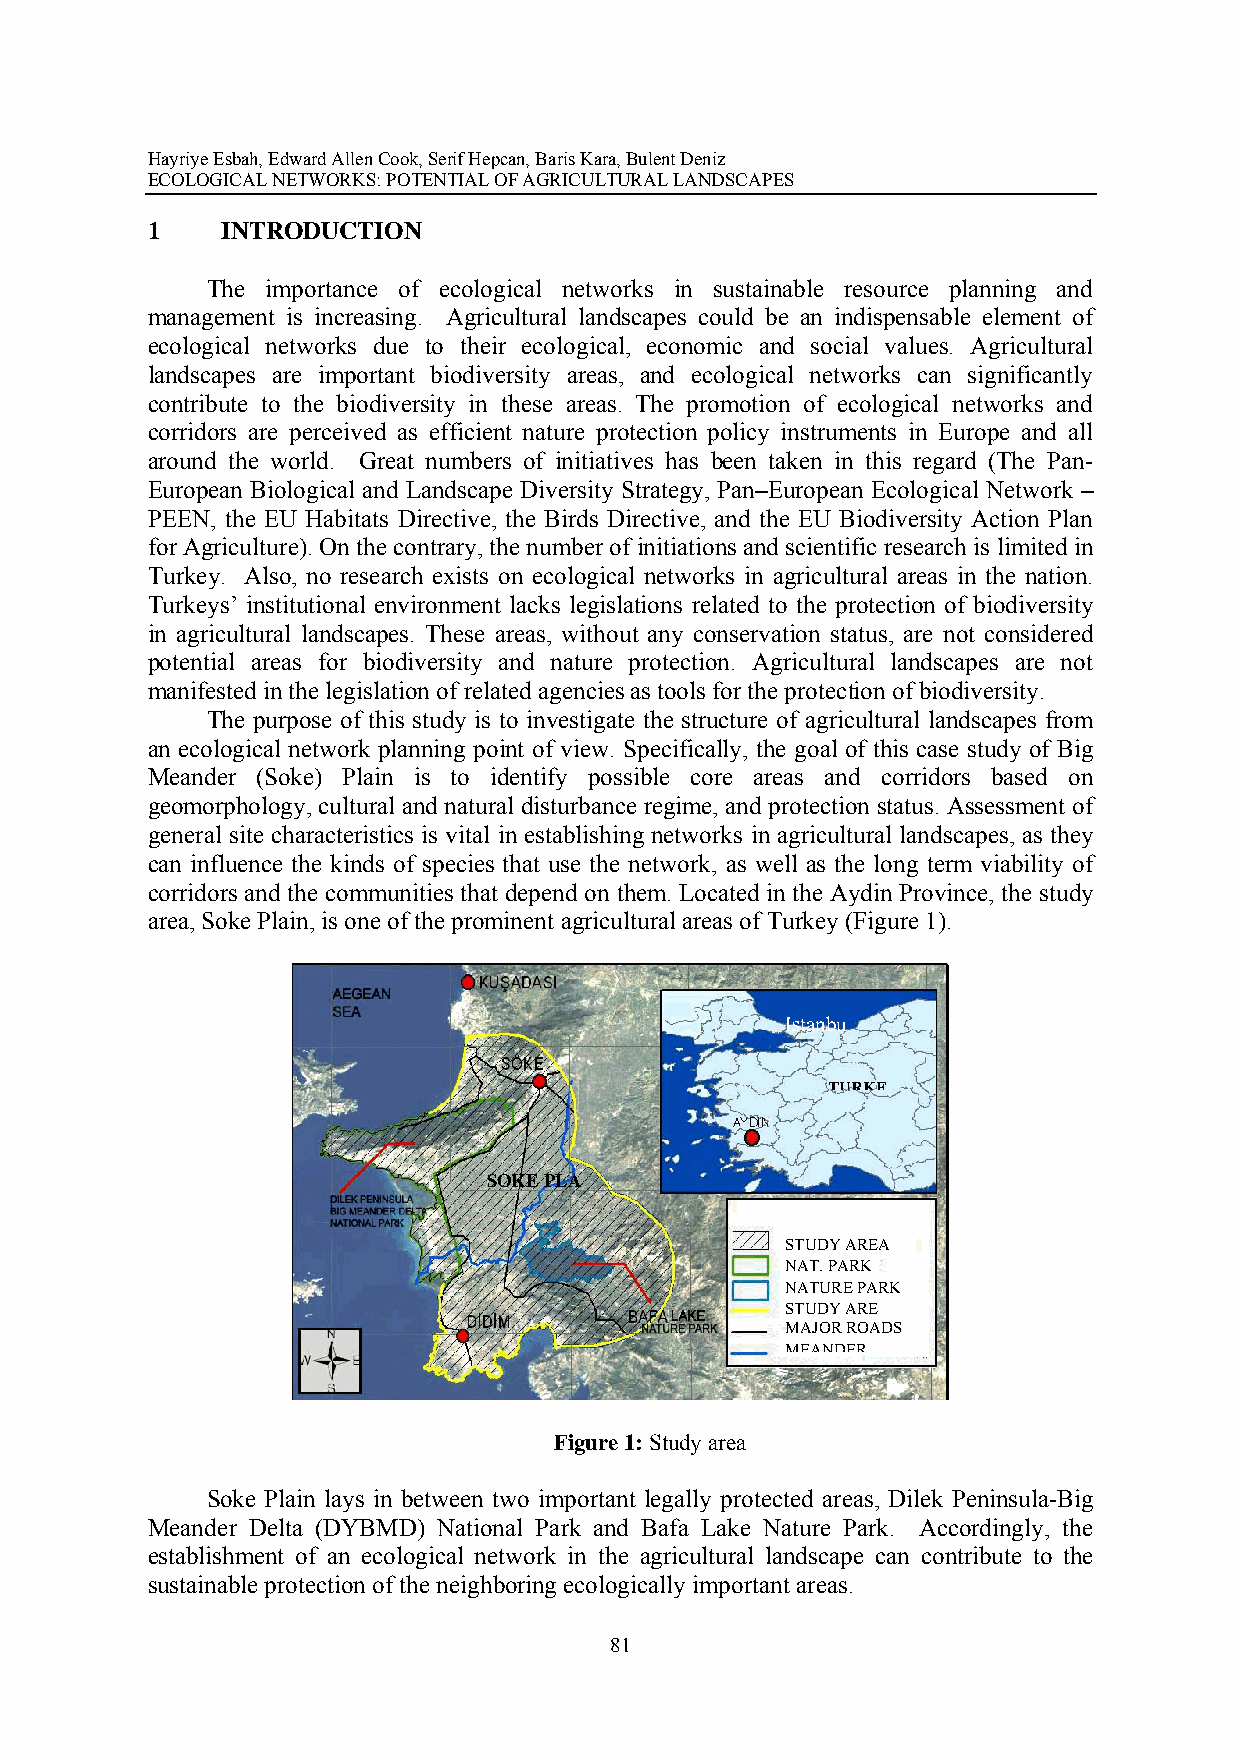
Hayriye Esbah, Edward Allen Cook, Serif Hepcan, Baris Kara, Bulent Deniz
 ECOLOGICAL NETWORKS: POTENTIAL OF AGRICULTURAL LANDSCAPES
 1    INTRODUCTION
 The importance of ecological networks in sustainable resource planning and
 management is increasing. Agricultural landscapes could be an indispensable element of
 ecological networks due to their ecological, economic and social values. Agricultural
 landscapes are important biodiversity areas, and ecological networks can significantly
 contribute to the biodiversity in these areas. The promotion of ecological networks and
 corridors are perceived as efficient nature protection policy instruments in Europe and all
 around the world. Great numbers of initiatives has been taken in this regard (The Pan-
 European Biological and Landscape Diversity Strategy, Pan–European Ecological Network –
 PEEN, the EU Habitats Directive, the Birds Directive, and the EU Biodiversity Action Plan
 for Agriculture). On the contrary, the number of initiations and scientific research is limited in
 Turkey. Also, no research exists on ecological networks in agricultural areas in the nation.
 Turkeys’ institutional environment lacks legislations related to the protection of biodiversity
 in agricultural landscapes. These areas, without any conservation status, are not considered
 potential areas for biodiversity and nature protection. Agricultural landscapes are not
 manifested in the legislation of related agencies as tools for the protection of biodiversity.
 The purpose of this study is to investigate the structure of agricultural landscapes from
 an ecological network planning point of view. Specifically, the goal of this case study of Big
 Meander (Soke) Plain is to identify possible core areas and corridors based on
 geomorphology, cultural and natural disturbance regime, and protection status. Assessment of
 general site characteristics is vital in establishing networks in agricultural landscapes, as they
 can influence the kinds of species that use the network, as well as the long term viability of
 corridors and the communities that depend on them. Located in the Aydin Province, the study
 area, Soke Plain, is one of the prominent agricultural areas of Turkey (Figure 1).
 Istanbu
 TURKE
 SOKE PLA
 STUDY AREA
 NAT. PARK
 NATURE PARK
 STUDY ARE
 MAJOR ROADS
 MEANDER
 Figure 1: Study area
 Soke Plain lays in between two important legally protected areas, Dilek Peninsula-Big
 Meander Delta (DYBMD) National Park and Bafa Lake Nature Park. Accordingly, the
 establishment of an ecological network in the agricultural landscape can contribute to the
 sustainable protection of the neighboring ecologically important areas.
 81